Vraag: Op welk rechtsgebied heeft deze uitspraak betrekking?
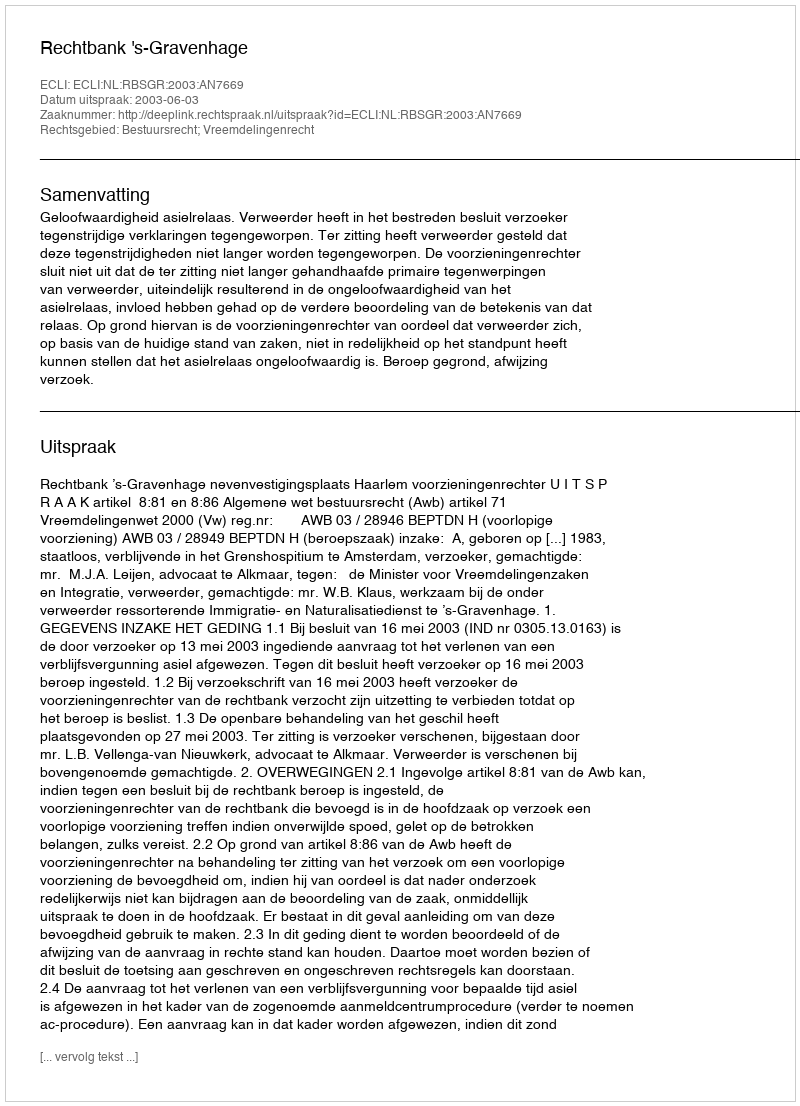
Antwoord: Bestuursrecht; Vreemdelingenrecht